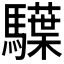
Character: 𩦭